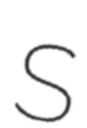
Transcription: S